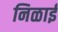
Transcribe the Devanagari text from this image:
निळाई